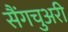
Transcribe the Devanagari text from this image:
सैंगचुअरी